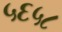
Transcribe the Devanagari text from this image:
५६५८